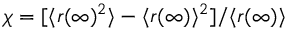
\chi = [ \langle r ( \infty ) ^ { 2 } \rangle - \langle r ( \infty ) \rangle ^ { 2 } ] / \langle r ( \infty ) \rangle